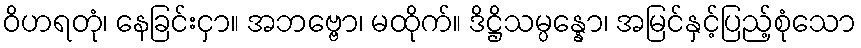
ဝိဟရတုံ၊ နေခြင်းငှာ။ အဘဗ္ဗော၊ မထိုက်။ ဒိဋ္ဌိသမ္ပန္နော၊ အမြင်နှင့်ပြည့်စုံသော